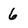
Character: 6